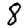
Digit: 8